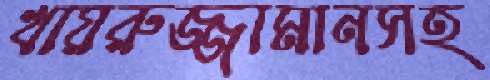
খায়রুজ্জামানসহ